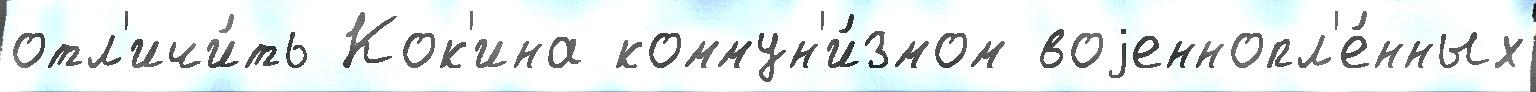
отл'ичи́ть Кок'ина коммун'и́змом воjеннопл'е́нных